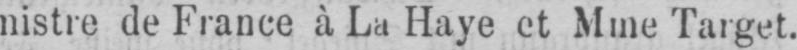
nistre de France à La Haye et Mme Target.